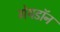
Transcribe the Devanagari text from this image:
गेयडॉन